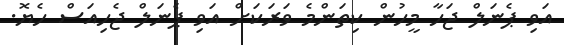
އަވި ޕެނަލް ޖަހާ މީހުން ކިތަންމެ ވަރަކަށް އަވި ޕެނަލް ޖެހިއަސް ހެޔޮ.